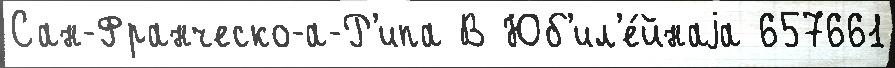
Сан-Франческо-а-Р'ипа В Юб'ил'е́йнаjа 657661